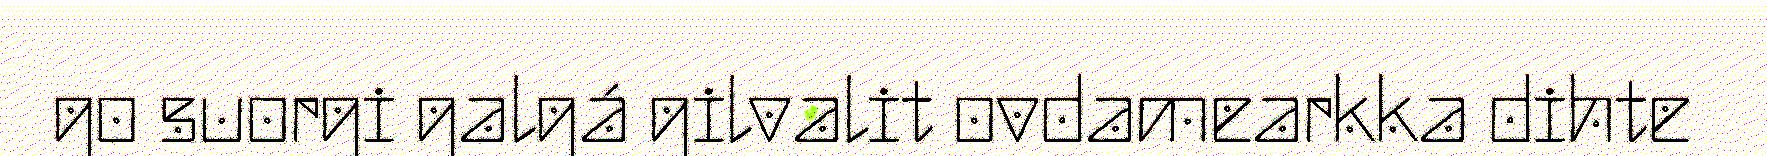
go suorgi galgá gilvalit ovdamearkka dihte